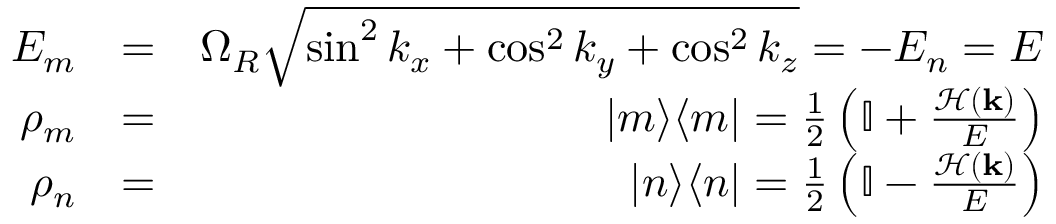
\begin{array} { r l r } { E _ { m } } & { = } & { \Omega _ { R } \sqrt { \sin ^ { 2 } k _ { x } + \cos ^ { 2 } k _ { y } + \cos ^ { 2 } k _ { z } } = - E _ { n } = E } \\ { \rho _ { m } } & { = } & { | m \rangle \langle m | = \frac { 1 } { 2 } \left( \mathbb { I } + \frac { \mathcal { H } ( \mathbf { k } ) } { E } \right) } \\ { \rho _ { n } } & { = } & { | n \rangle \langle n | = \frac { 1 } { 2 } \left( \mathbb { I } - \frac { \mathcal { H } ( \mathbf { k } ) } { E } \right) } \end{array}